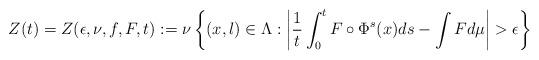
LaTeX: \begin{align*}Z(t)=Z(\epsilon,\nu,f,F,t):=\nu\left\{(x,l)\in \Lambda: \left| \frac{1}{t}\int_0^t F \circ \Phi^s(x)ds-\int F d\mu\right |>\epsilon\right\}\end{align*}